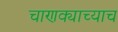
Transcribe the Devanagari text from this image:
चाणक्याच्याच